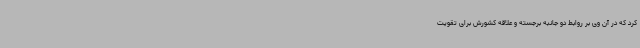
کرد که در آن وی بر روابط دو جانبه برجسته و علاقه کشورش برای تقویت